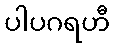
ပါပဂရဟီ